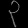
Digit: ၃